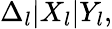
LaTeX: \begin{array}{r}{\Delta_{l}|X_{l}|Y_{l},}\end{array}